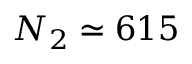
N _ { 2 } \simeq 6 1 5